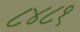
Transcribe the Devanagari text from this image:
८४८१